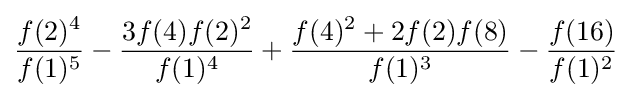
{\frac {f(2)^{4}}{f(1)^{5}}}-{\frac {3f(4)f(2)^{2}}{f(1)^{4}}}+{\frac {f(4)^{2}+2f(2)f(8)}{f(1)^{3}}}-{\frac {f(16)}{f(1)^{2}}}